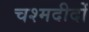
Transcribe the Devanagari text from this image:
चश्मदीदों